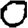
Digit: 0